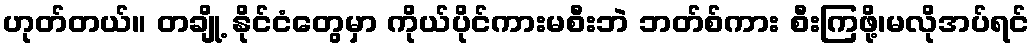
ဟုတ်တယ်။ တချို့ နိုင်ငံတွေမှာ ကိုယ်ပိုင်ကားမစီးဘဲ ဘတ်စ်ကား စီးကြဖို့၊မလိုအပ်ရင်